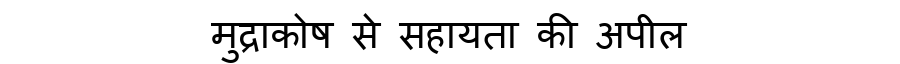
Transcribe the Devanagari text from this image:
मुद्राकोष से सहायता की अपील